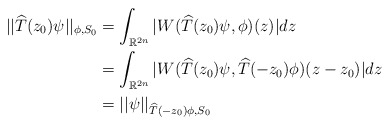
\begin{align*}||\widehat{T}(z_{0})\psi||_{\phi,S_{0}} & =\int_{\mathbb{R}^{2n}}|W(\widehat{T}(z_{0})\psi,\phi)(z)|dz\\& =\int_{\mathbb{R}^{2n}}|W(\widehat{T}(z_{0})\psi,\widehat{T}(-z_{0})\phi)(z-z_{0})|dz\\& =||\psi||_{\widehat{T}(-z_{0})\phi,S_{0}}\end{align*}